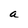
Character: a